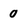
Character: 0